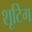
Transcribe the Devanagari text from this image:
शूटिग